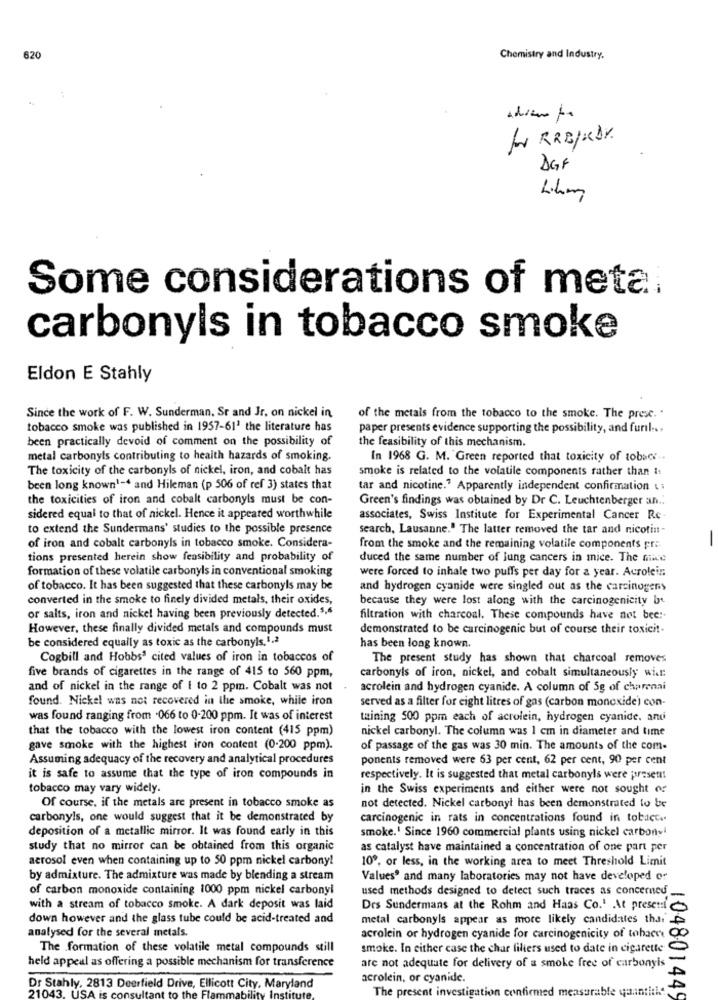
620
Chemistry and Industry.
fr RRBIRDY.
DGF
Likm
Some considerations of meta.
carbonyls in tobacco smoke
Eldon E Stahly
Since the work of F. W. Sunderman. Sr and Jr, on nickel in
of the metals from the tobacco to the smoke. The prese. "
tobacco smoke was published in 1957-61' the literature has
paper presents evidence supporting the possibility, and furil ...
been practically devoid of comment on the possibility of
the feasibility of this mechanism.
metal carbonyls contributing to heaith hazards of smoking.
In 1968 G. M. Green reported that toxicity of tobacr ..
The toxicity of the carbonyls of nickel, iron, and cobalt has
smoke is related to the volatile components rather than i
been long known1-4 and Hileman (p 506 of ref 3) states that
tar and nicotine." Apparently independent confirmation . i
the toxicities of iron and cobalt carbonyls must be con-
Green's findings was obtained by Dr C. Leuchtenberger an ..
sidered equal to that of nickel. Hence it appeared worthwhile
associates, Swiss Institute for Experimental Cancer Re-
to extend the Sundermans' studies to the possible presence
search, Lausanne." The latter removed the tar and nicotin-
-
of iron and cobalt carbonyls in tobacco smoke. Considera-
from the smoke and the remaining volatile components pri.
tions presented herein show feasibility and probability of
duced the same number of Jung cancers in mice. The mice
formation of these volatile carbonyls in conventional smoking
were forced to inhale two puffs per day for a year. Acrolein
of tobacco. It has been suggested that these carbonyls may be
and hydrogen cyanide were singled out as the carcinogens
converted in the smoke to finely divided metals, their oxides,
because they were lost along with the carcinogenicity b
or salts, iron and nickel having been previously detected.5,6
filtration with charcoal. These compounds have not bee:
However, these finally divided metals and compounds must
demonstrated to be carcinogenic but of course their toxicit-
be considered equally as toxic as the carbonyls.1.2
has been long known.
Cogbill and Hobbs' cited values of iron in tobaccos of
The present study has shown that charcoal removes
five brands of cigarettes in the range of 415 to 560 ppm,
carbonyls of iron, nickel, and cobalt simultaneously wice:
and of nickel in the range of i to 2 ppm. Cobalt was not
acrolein and hydrogen cyanide. A column of 5g of charenai
found. Nickel was not recovered in the smoke, while iron
served as a filter for eight litres of gas (carbon monoxide) con-
was found ranging from -066 to 0-200 ppm. It was of interest
taining 500 ppm each of acrolein, hydrogen cyanide. and
that the tobacco with the lowest iron content (415 ppm)
nickel carbonyl. The column was 1 cm in diameter and time
gave smoke with the highest iron content (0.200 ppm).
of passage of the gas was 30 min. The amounts of the com-
Assuming adequacy of the recovery and analytical procedures
ponents removed were 63 per cent, 62 per cent, 90 per cent
it is safe to assume that the type of iron compounds in
respectively. It is suggested that metal carbonyls were present!
tobacco may vary widely.
in the Swiss experiments and either were not sought of
Of course, if the metals are present in tobacco smoke as
not detected. Nickel carbonyt has been demonstrated to be
carbonyls, one would suggest that it be demonstrated by
carcinogenic in rats in concentrations found in toback.
deposition of a metallic mirror. It was found early in this
smoke. ' Since 1960 commercial plants using nickel carbone!
study that no mirror can be obtained from this organic
as catalyst have maintained a concentration of one part per
aerosol even when containing up to 50 ppm nickel carbony!
10º, or less, in the working area to meet Threshold Limit
by admixture. The admixture was made by blending a stream
Values' and many laboratories may not have developed or
of carbon monoxide containing 1000 ppm nickel carbonyl
used methods designed to detect such traces as concerned
with a stream of tobacco smoke. A dark deposit was laid
Drs Sundermans at the Rohm and Haas Co.1 .At present
down however and the glass tube could be acid-treated and
metal carbonyls appear as more likely candidates thai
analysed for the several metals.
acrolein or hydrogen cyanide for carcinogenicity of tohacer
The formation of these volatile metal compounds still
smoke. In either case the char filiers used to date in cigarette
held appeal as offering a possible mechanism for transference
are not adequate for delivery of a smoke free of carbonyis
acrolein, or cyanide.
Dr Stahly, 2813 Deerfield Drive, Ellicott City, Maryland
21043.
The present investigation confirmed measurable quantik.
104801449